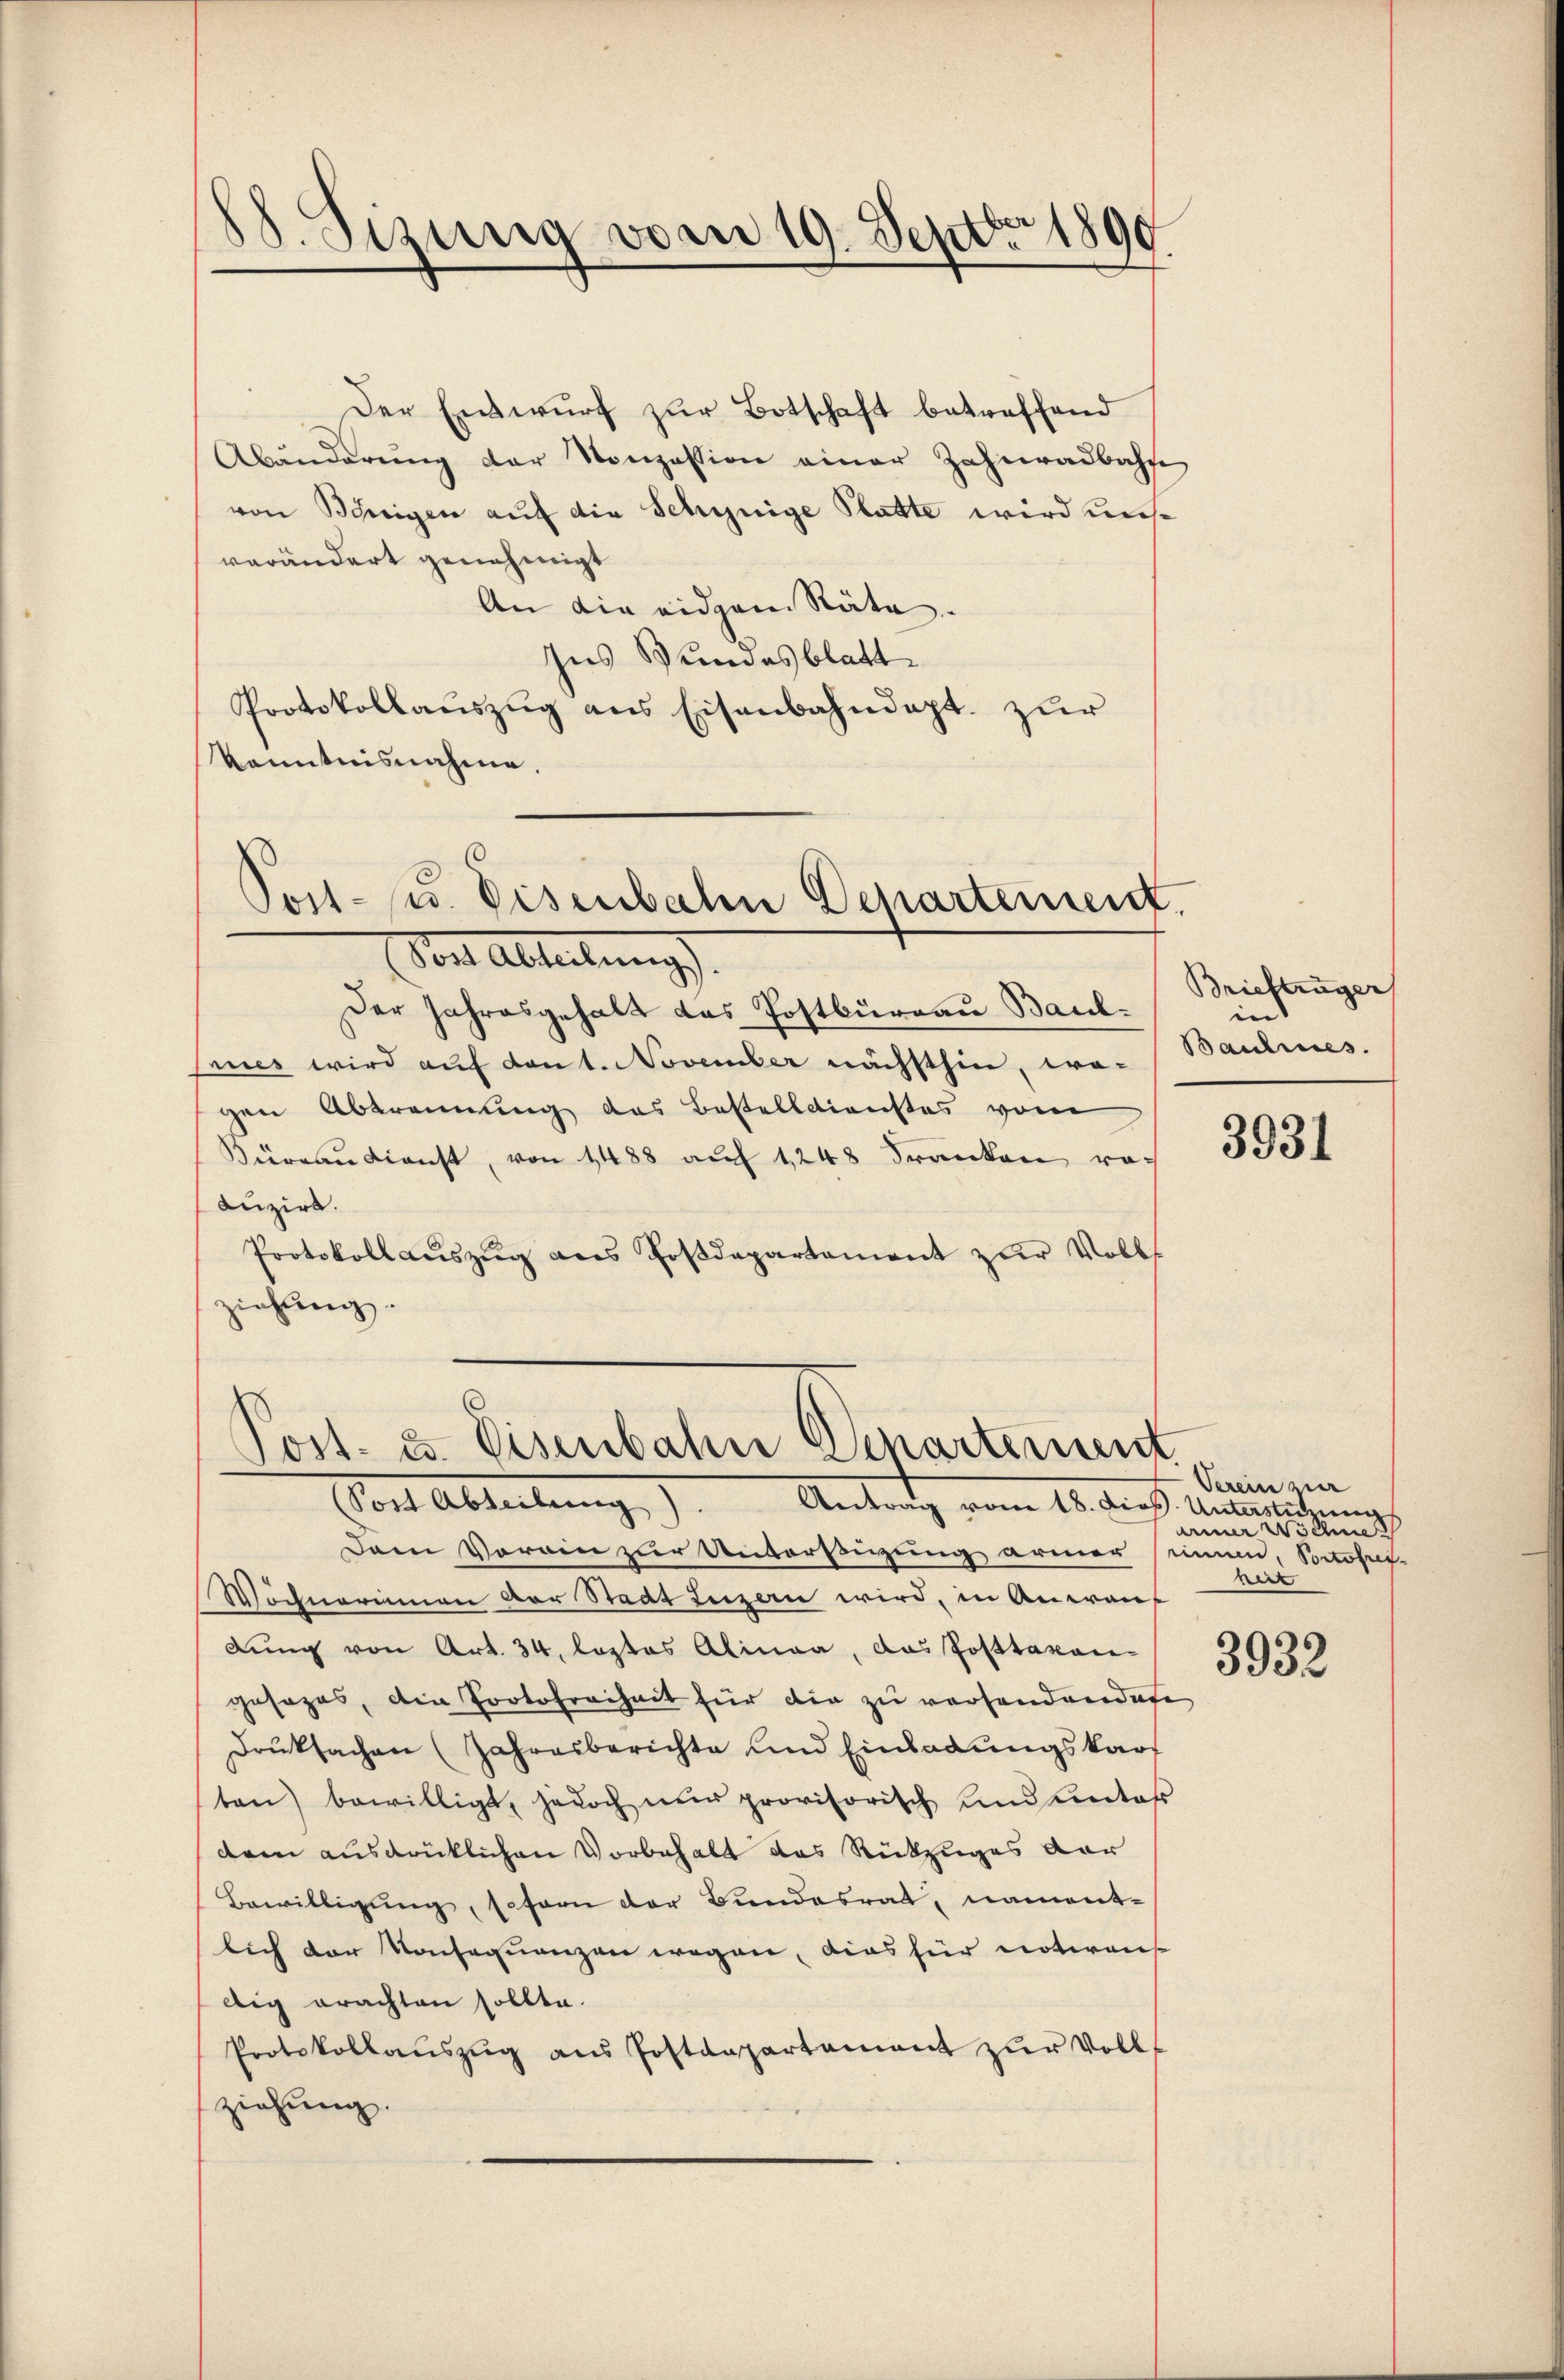
¬
10. Sizung vom 19. Septbr. 1890

Der Entwurf zur Botschaft betreffend
Abänderŭng der Konzession einer Zahnradbachse
von Berigen auf die Schynige Platte wird uns
verändert genehmigt
An die eidgen Räte.
Ins Bundesblatt
Protokollauszug aus Eisenbahndapt. zur
Kenntnisnahme.

Post- u. Eisenbahn Departement.
Vor Abteilungs

Der Jahresgehalt das Postbureau Baulmies wird auf dant. November nächsthin, wo-
gen Abtrennung des Bestelldienstes vom
Küreau dienst, von 1488 auf 1248 Franken roduzirt.
Protokoll aŭszŭg ans Foβdepartament zŭr Volls
ziehung.

ost- u. Eisenbahn Departement
Post Abteilung
Antrag vom 12. dieß. Unterlichung

Briefträger
in
Bauhies.

Dann Vorain zur Unterfigung armer innen Portosus-
Wöchnerinnen der Stadt Luzern wird, in Anwenlung von Art. 34. leztes Alinea, das Posttaxan
gesezes, die Protofreiheit für die zu vorhandendete
Druksachen (Jahresberichte und Einladŭngskart
ten) bewilligt, jedoch nur provisorisch und unter
dem ausdrücklichen Vorbehalt das Rückzuges dar
Bewilligung, sofern der Bundesrat, namentlich der Konsequenzen wegen, dies für notirens
dig erachten sollte.
Protokollaŭszŭg ans Postenpartament zŭr Vollziehung.

3931

Verein zier
ainer Wöchne
bir

3932